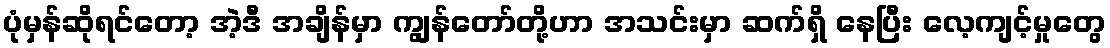
ပုံမှန်ဆိုရင်တော့ အဲ့ဒီ အချိန်မှာ ကျွန်တော်တို့ဟာ အသင်းမှာ ဆက်ရှိ နေပြီး လေ့ကျင့်မှုတွေ